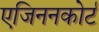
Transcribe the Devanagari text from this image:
एजिननकोर्ट